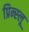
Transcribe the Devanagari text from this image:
प्रिन्स्लू